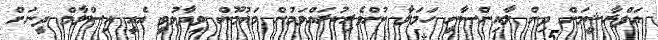
އަފްރާޝީމަށް ދިން ލާއިންސާނީ ހަމަލާ ކުށްވެރިކުރައްވަމުން މައުމޫން ވިދާޅުވީ އެއީ އިސްލާމް ދީނަށް